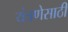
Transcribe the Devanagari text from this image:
यंत्रणेसाठी